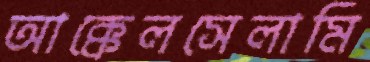
আক্কেলসেলামি